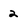
Character: 2